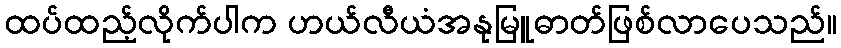
ထပ်ထည့်လိုက်ပါက ဟယ်လီယံအနုမြူဓာတ်ဖြစ်လာပေသည်။